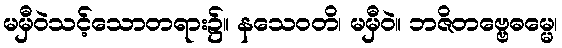
မမှီဝဲသင့်သောတရား၌။ နသေဝတိ၊ မမှီဝဲ။ ဘဇိတဗ္ဗေဓမ္မေ၊